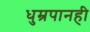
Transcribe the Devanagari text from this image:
धुम्रपानही